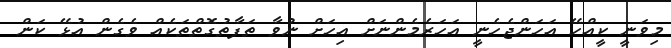
މިވަނީ ކީއްހޭ އަހަންޖެހެނީ އަހަރެމެންނަށް އިހަށް ނުވާ ތަފާތުގޮތްތަކެއް ވެގެން އުޅޭ ކަން